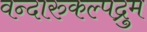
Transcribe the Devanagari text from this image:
वन्दारुकल्पद्रुम